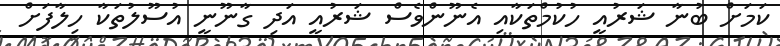
ކަމަށް ބުނާ ޝަރުއީ ހުކުމްތަކާއި އެނޫންވެސް ޝަރުއީ އަދި ގާނޫނީ އުސޫލުތަކާ ހިލާފަށް